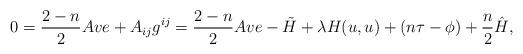
LaTeX: \begin{align*}0=\frac{2-n}{2}Ave+A_{ij}g^{ij}=\frac{2-n}{2}Ave-\tilde{H}+\lambda H(u,u)+(n\tau-\phi)+\frac{n}{2}\hat{H},\end{align*}